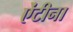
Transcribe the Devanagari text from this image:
ऐंटीना